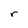
Character: r